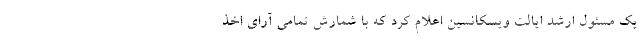
یک مسئول ارشد ایالت ویسکانسین اعلام کرد که با شمارش تمامی آرای اخذ